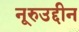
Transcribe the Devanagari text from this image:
नूरुउद्दीन